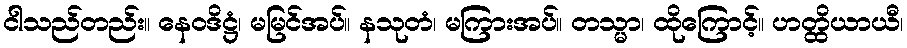
ငါသည်တည်း။ နေဝဒိဋ္ဌံ၊ မမြင်အပ်။ နသုတံ၊ မကြားအပ်။ တသ္မာ၊ ထိုကြောင့်။ ဟတ္ထိယာယီ၊